Insane asylums in Bengal annual reports 1876-1887 - 1876-1887
Year: 1876
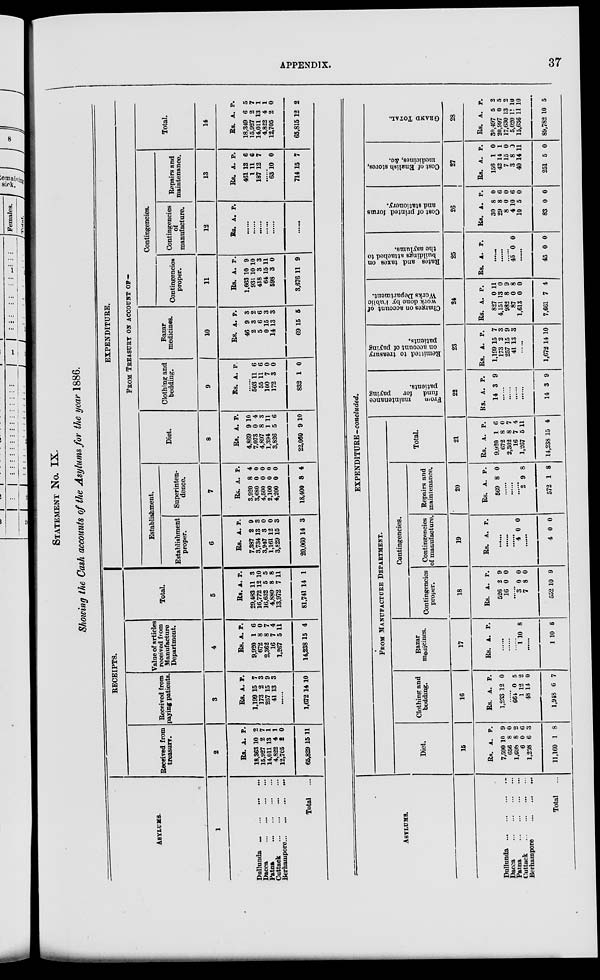
APPENDIX.
37
STATEMENT NO. IX.
Showing the Cash accounts of the Asylums for the year 1886.
ASYLUMS.
1
Dullunda
...
...
...
...
Dacca
...
...
...
...
Patna
...
...
...
...
Cuttack
...
...
...
...
Berhampore ... ... ... ...
Total ...
RECEIPTS.
Received from
treasury.
2
Rs.
18,363
15,927
14,011
4,822
12,705
65,829
A.
10
2
13
4
2
15
P.
2
7
1
1
0
11
Received from
paying patients.
3
Rs.
1,199
173
257
41
A.
15
2
15
13
P.
7
3
9
3
......
1,672 14 10
Value of articles
received from
Manufacture
Department.
4
Rs.
9,920
672
2,362
16
1,267
14,238
A.
1
8
8
7
5
15
P.
6
0
7
4
11
4
Total.
5
Rs.
29,483
16,772
16,632
4,880
13,972
81,741
A.
11
12
5
8
7
14
P.
3
10
5
8
11
1
EXPENDITURE.
FROM TREASURY ON ACCOUNT OF—
Establishment.
Establishment
proper.
6
Rs.
7,387
3,734
3,947
1,161
3,829
20,060
A.
2
13
3
12
15
14
P.
9
3
0
0
3
3
Superinten-
dence.
7
Rs.
3,920
3,680
4,500
2,100
4,200
18,400
A.
8
0
0
0
0
8
P.
4
0
0
0
0
4
Diet.
8
Rs.
4,869
7,073
4,897
1,394
3,826
22,060
A.
9
0
8
1
5
9
P.
10
4
3
11
6
10
Clothing and
bedding.
9
Rs. A. P.
.....
503
55
100
172
832
11
11
7
3
1
6
6
0
0
0
Bazar
medicines.
10
Rs.
46
2
5
0
14
69
A.
9
3
6
15
13
15
P.
3
2
6
3
3
5
Contingencies.
Contingencies
proper.
11
Rs.
1,663
931
418
64
598
3,676
A.
10
10
3
15
3
11
P.
9
10
3
11
0
9
Contingencies
of
manufacture.
12
Rs. A. P.
......
......
......
......
......
......
Repairs and
maintenance.
13
Rs.
461
1
187
A.
13
11
12
P.
6
6
7
......
63
714
10
15
0
7
Total.
14
Rs.
18,349
15,927
14,011
4,822
12,705
65,815
A.
6
2
13
4
2
12
P.
5
7
1
1
0
2
ASYLUMS.
Dullunda
...
...
...
...
Dacca
...
...
...
...
Patna
...
...
...
...
Cuttack
...
...
...
...
Berhampore
...
...
...
Total ...
EXPENDITURE -concluded.
FROM MANUFACTURE DEPARTMENT.
Diet.
15
Rs.
7,590
656
1,698
6
1,298
11,160
A.
10
8
8
0
6
1
P.
9
0
2
6
3
8
Clothing and
bedding.
16
Rs.
1,233
A.
12
P.
0
......
664
1
48
1,948
0
12
14
6
5
2
0
7
Bazar
medicines.
17
Rs. A. P.
......
......
......
1 10 8
......
1 10 8
Contingencies.
Contingencies
proper.
18
Rs.
526
16
A.
2
0
P.
9
0
......
3
7
552
0
8
10
0
0
9
Contingencies
of manufacture.
19
Rs. A. P.
......
......
......
4 0 0
......
4 0 0
Repairs and
maintenance.
20
Rs.
569
A.
8
P.
0
......
......
......
2
572
9
1
8
8
Total.
21
Rs.
9,920
672
2,362
16
1,267
14,238
A.
1
8
8
7
5
15
P.
6
0
7
4
11
4
From
maintenance
fund
for
paying
patients.
22
Rs.
14
A.
3
P.
9
......
......
......
......
14 3 9
Remitted to treasury
on account of paying
patients.
23
Rs.
1,199
173
257
41
A.
15
2
15
13
P.
7
3
9
3
......
1,672 14 10
Charges on account of
work done by Public
Works Department.
24
Rs.
827
4,151
982
87
1,613
7,661
A.
0
13
8
0
0
7
P.
11
0
9
8
0
4
Rates and taxes on
buildings attached to
the asylums.
25
Rs.
A.
P.
......
......
......
45 0 0
......
45 0 0
Cost of printed forms
and stationery.
26
Rs.
30
29
8
4
10
83
A.
8
8
0
10
5
0
P.
0
6
0
6
0
0
Cost of English stores,
medicines, &c.
27
Rs.
156
42
7
3
40
251
A.
1
14
15
8
14
5
P.
0
1
0
0
11
0
GRAND TOTAL.
28
Rs.
30,497
20,997
17,630
5,020
15,636
89,782
A.
5
0
13
11
11
10
P.
2
5
2
10
10
5